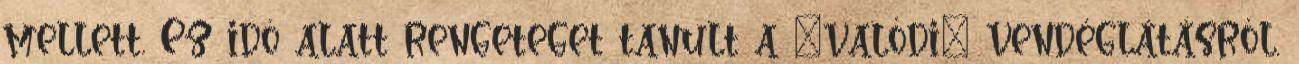
mellett. Ez idô alatt rengeteget tanult a „valódi” vendéglátásról.